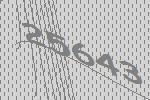
25643